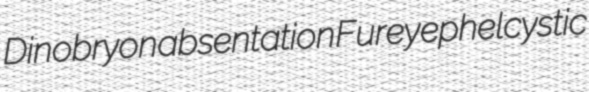
Dinobryon absentation Furey ephelcystic